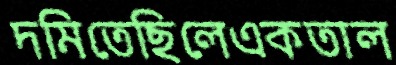
দমিতেছিলেএকতাল